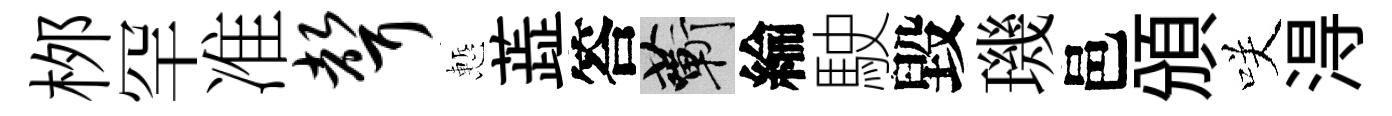
桞罕准声慙蕋答蔪綸駛毀璣邑頒咲淂